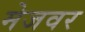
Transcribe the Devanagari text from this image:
मेजवर